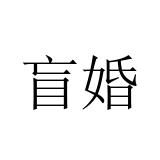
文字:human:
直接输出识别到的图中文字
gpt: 盲婚